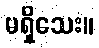
မရှိသေး။